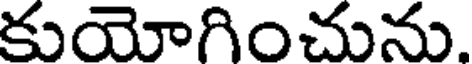
కుయోగించును.